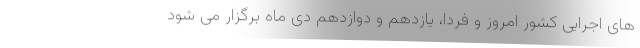
های اجرایی کشور امروز و فردا، یازدهم و دوازدهم دی ماه برگزار می شود